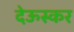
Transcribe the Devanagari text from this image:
देऊस्कर